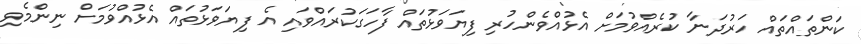
ކަންތައްތައް ހަރުދަނާ ކުރެއްވުމަށް އެޅުއްވެންހުރި ފިޔަވަޅުތައް ފާހަގަކުރައްވައި އެ ފިޔަވަޅުތައް އެޅުއްވުމަށް ނިންމެވި